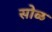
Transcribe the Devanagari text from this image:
सोळ